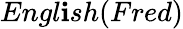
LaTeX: Engl\mathbf{i}sh(Fred)